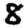
Digit: 8